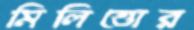
মিলিত্তোর